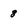
Character: 8